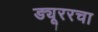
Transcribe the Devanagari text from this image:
ड्यूररचा